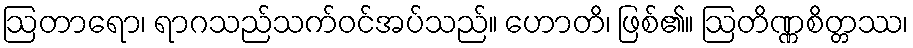
ဩတာရော၊ ရာဂသည်သက်ဝင်အပ်သည်။ ဟောတိ၊ ဖြစ်၏။ ဩတိဏ္ဏစိတ္တဿ၊